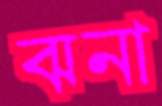
ঝনা